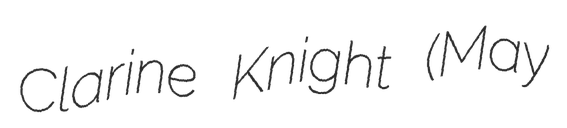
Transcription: Clarine Knight (May